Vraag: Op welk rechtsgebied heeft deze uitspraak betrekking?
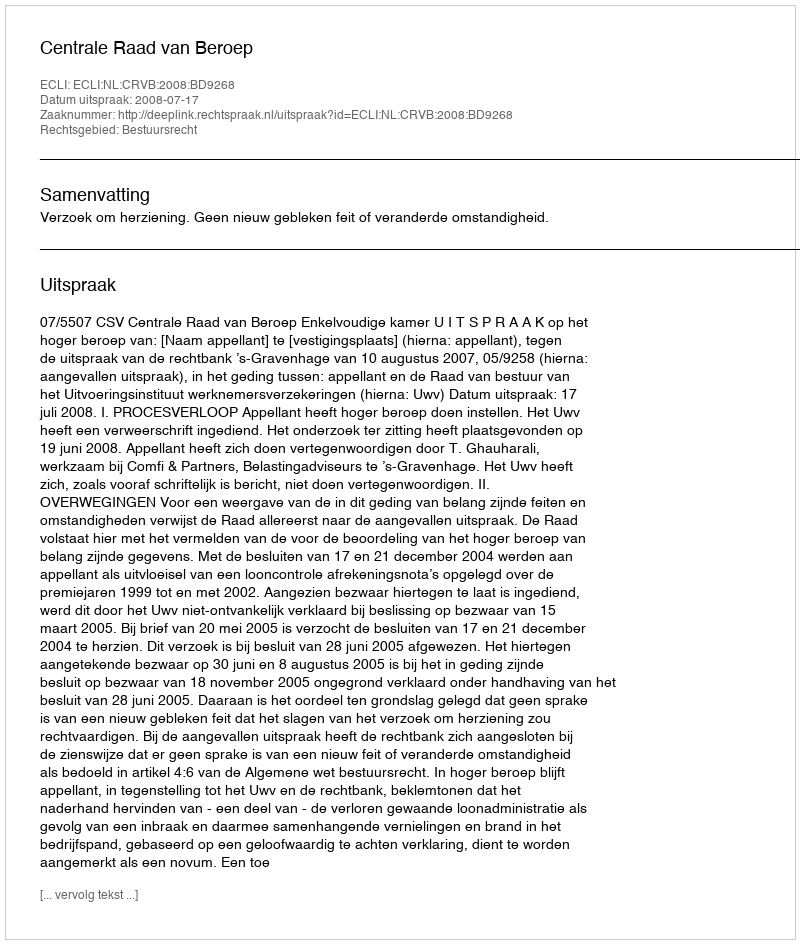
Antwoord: Bestuursrecht